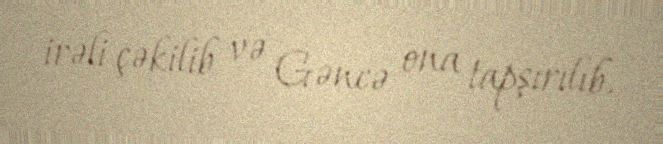
irəli çəkilib və Gəncə ona tapşırılıb.